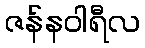
ဇန်နဝါရီလ